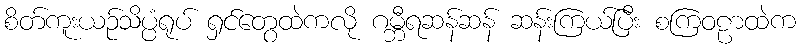
စိတ်ကူးယဉ်သိပ္ပံရုပ် ရှင်တွေထဲကလို ဂမ္ဘီရဆန်ဆန် ဆန်းကြယ်ပြီး စကြဝဠာထဲက